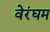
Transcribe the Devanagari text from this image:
वेरंघम